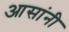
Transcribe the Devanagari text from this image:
आसांनी